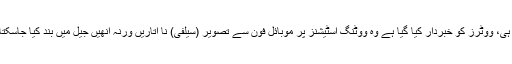
ساتھ ہی، ووٹرز کو خبردار کیا گیا ہے وہ ووٹنگ اسٹیشنز پر موبائل فون سے تصویر (سیلفی) نا اتاریں ورنہ انھیں جیل میں بند کیا جاسکتا ہے۔